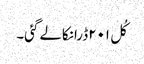
کُل ۲۰۱ڈرانکالے گئی۔